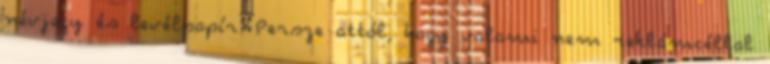
névjegy és levélpapír. Persze attól, hogy valami nem reklámcéllal